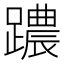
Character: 𨆞